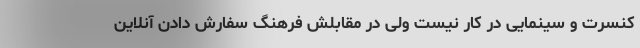
کنسرت و سینمایی در کار نیست ولی در مقابلش فرهنگ سفارش دادن آنلاین